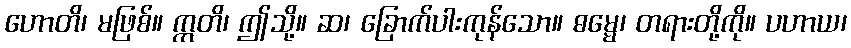
ဟောတိ၊ မဖြစ်။ ဣတိ၊ ဤသို့။ ဆ၊ ခြောက်ပါးကုန်သော။ ဓမ္မေ၊ တရားတို့ကို။ ပဟာယ၊